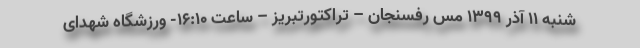
شنبه ۱۱ آذر ۱۳۹۹ مس رفسنجان – تراکتورتبریز – ساعت ۱۶:۱۰- ورزشگاه شهدای